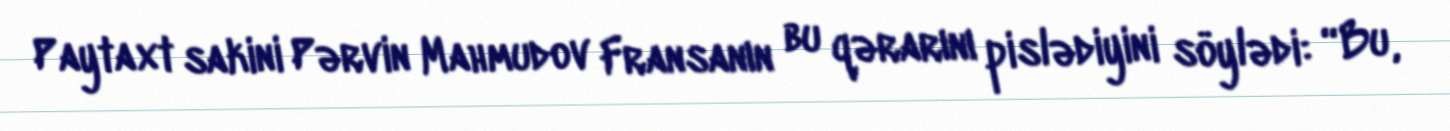
Paytaxt sakini Pərvin Mahmudov Fransanın bu qərarını pislədiyini söylədi: “Bu,